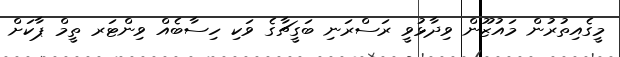
މީގެއިތުރުން މައުޒޫން ވިދާޅުވީ ރަސްރަނި ބަގީޗާގެ ވަކި ހިސާބެއް ވިންޓަރ ތީމް ޕާކަށް